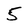
Character: 5